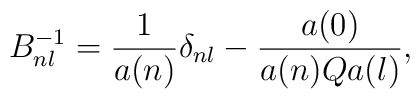
B^{-1}_{nl}=\frac{1}{a(n)}\delta_{nl}-\frac{a(0)}{a(n)Qa(l)},